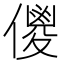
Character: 儍